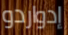
إدواردو